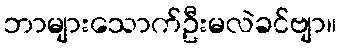
ဘာများသောက်ဦးမလဲခင်ဗျာ။